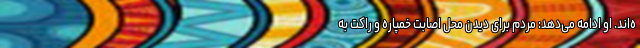
ه‌اند. او ادامه می‌دهد: مردم برای دیدن محل اصابت خمپاره و راکت به